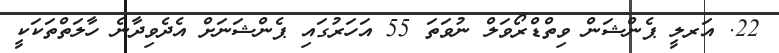
22. އަރލީ ޕެންޝަން ވިތްޑްރޯވަލް ނުވަތަ 55 އަހަރުގައި ޕެންޝަނަށް އެދެވިދާނެ ހާލަތްތަކަކީ